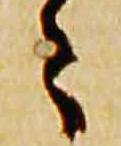
々